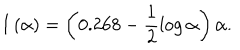
LaTeX: I \left( \alpha \right) = \left( { 0 . 2 6 8 - \frac { 1 } { 2 } \log \alpha } \right) \alpha .